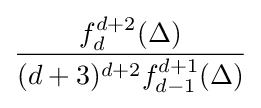
{\frac {f_{d}^{d+2}(\Delta )}{(d+3)^{d+2}f_{d-1}^{d+1}(\Delta )}}